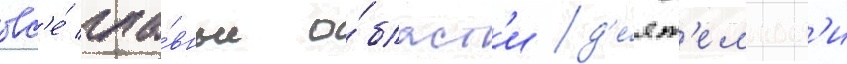
вс'е́ гла́вные о́бласт'и д'е́ят'ельност'и